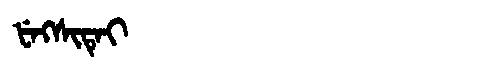
Manchu: ᡶᡝᡴᠰᡳᡨᡝᡳ
Romanization: FEKSITEI